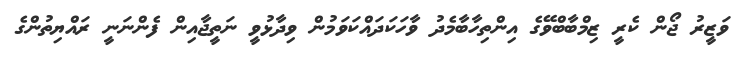
ވަޒީރު ޖޯން ކެރީ ޒިމްބާބްވޭގެ އިންތިހާބާމެދު ވާހަކަދައްކަވަމުން ވިދާޅުވީ ނަތީޖާއިން ފެންނަނީ ރައްޔިތުންގެ